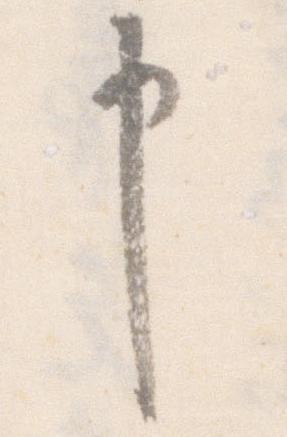
申